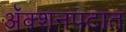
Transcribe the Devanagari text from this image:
अॅक्शनपटात